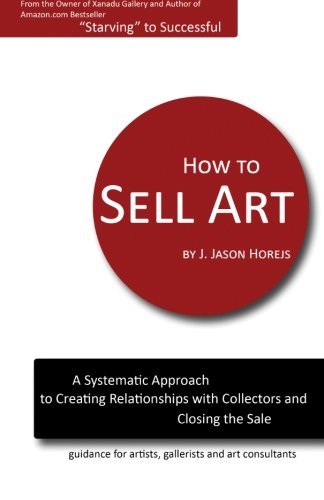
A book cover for How to Sell Art: A Systematic Approach to Creating Relationships with Collectors and Closing the Sale; J. Jason Horejs; Arts & Photography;